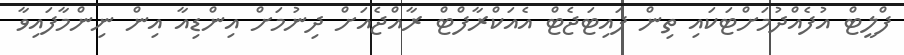
ފްލީޓް އުފެއްދުމަށްޓަކައި ތިން ފައިޓަޖެޓް އެއަކްރާފްޓް ރާއްޖެއަށް ދިނުމަށް އިންޑިއާ އިން ނިންމާފައިވާ